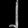
Digit: ၂